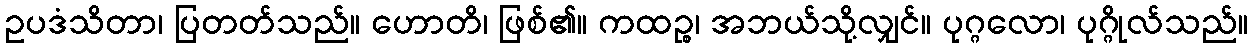
ဥပဒံသိတာ၊ ပြတတ်သည်။ ဟောတိ၊ ဖြစ်၏။ ကထဉ္စ၊ အဘယ်သို့လျှင်။ ပုဂ္ဂလော၊ ပုဂ္ဂိုလ်သည်။